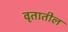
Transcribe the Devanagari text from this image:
वृतातील